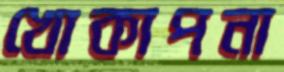
খোকাপনা